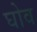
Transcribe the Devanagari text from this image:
घोव